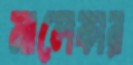
মালেকার